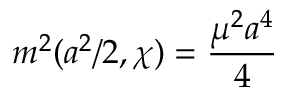
m ^ { 2 } ( a ^ { 2 } / 2 , \chi ) = \frac { \mu ^ { 2 } a ^ { 4 } } { 4 }